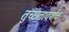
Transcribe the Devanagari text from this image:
तुच्छतादर्शक